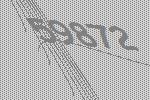
59872